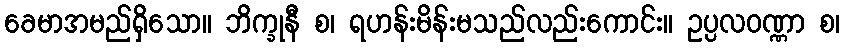
ခေမာအမည်ရှိသော။ ဘိက္ခုနီ စ၊ ရဟန်းမိန်းမသည်လည်းကောင်း။ ဥပ္ပလဝဏ္ဏာ စ၊